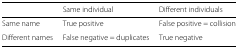
<table><thead><tr><td></td><td><b>Same individual</b></td><td><b>Different individuals</b></td></tr></thead><tbody><tr><td>Same name</td><td>True positive</td><td>False positive = collision</td></tr><tr><td>Different names</td><td>False negative = duplicates</td><td>True negative</td></tr></tbody></table>